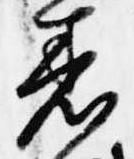
着